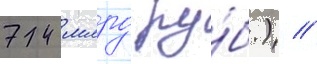
742 млрд ру́б.) //